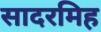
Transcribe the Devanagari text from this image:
सादरमिह